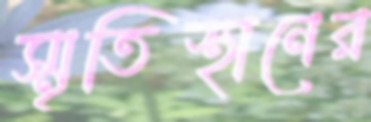
স্মৃতিস্থানের